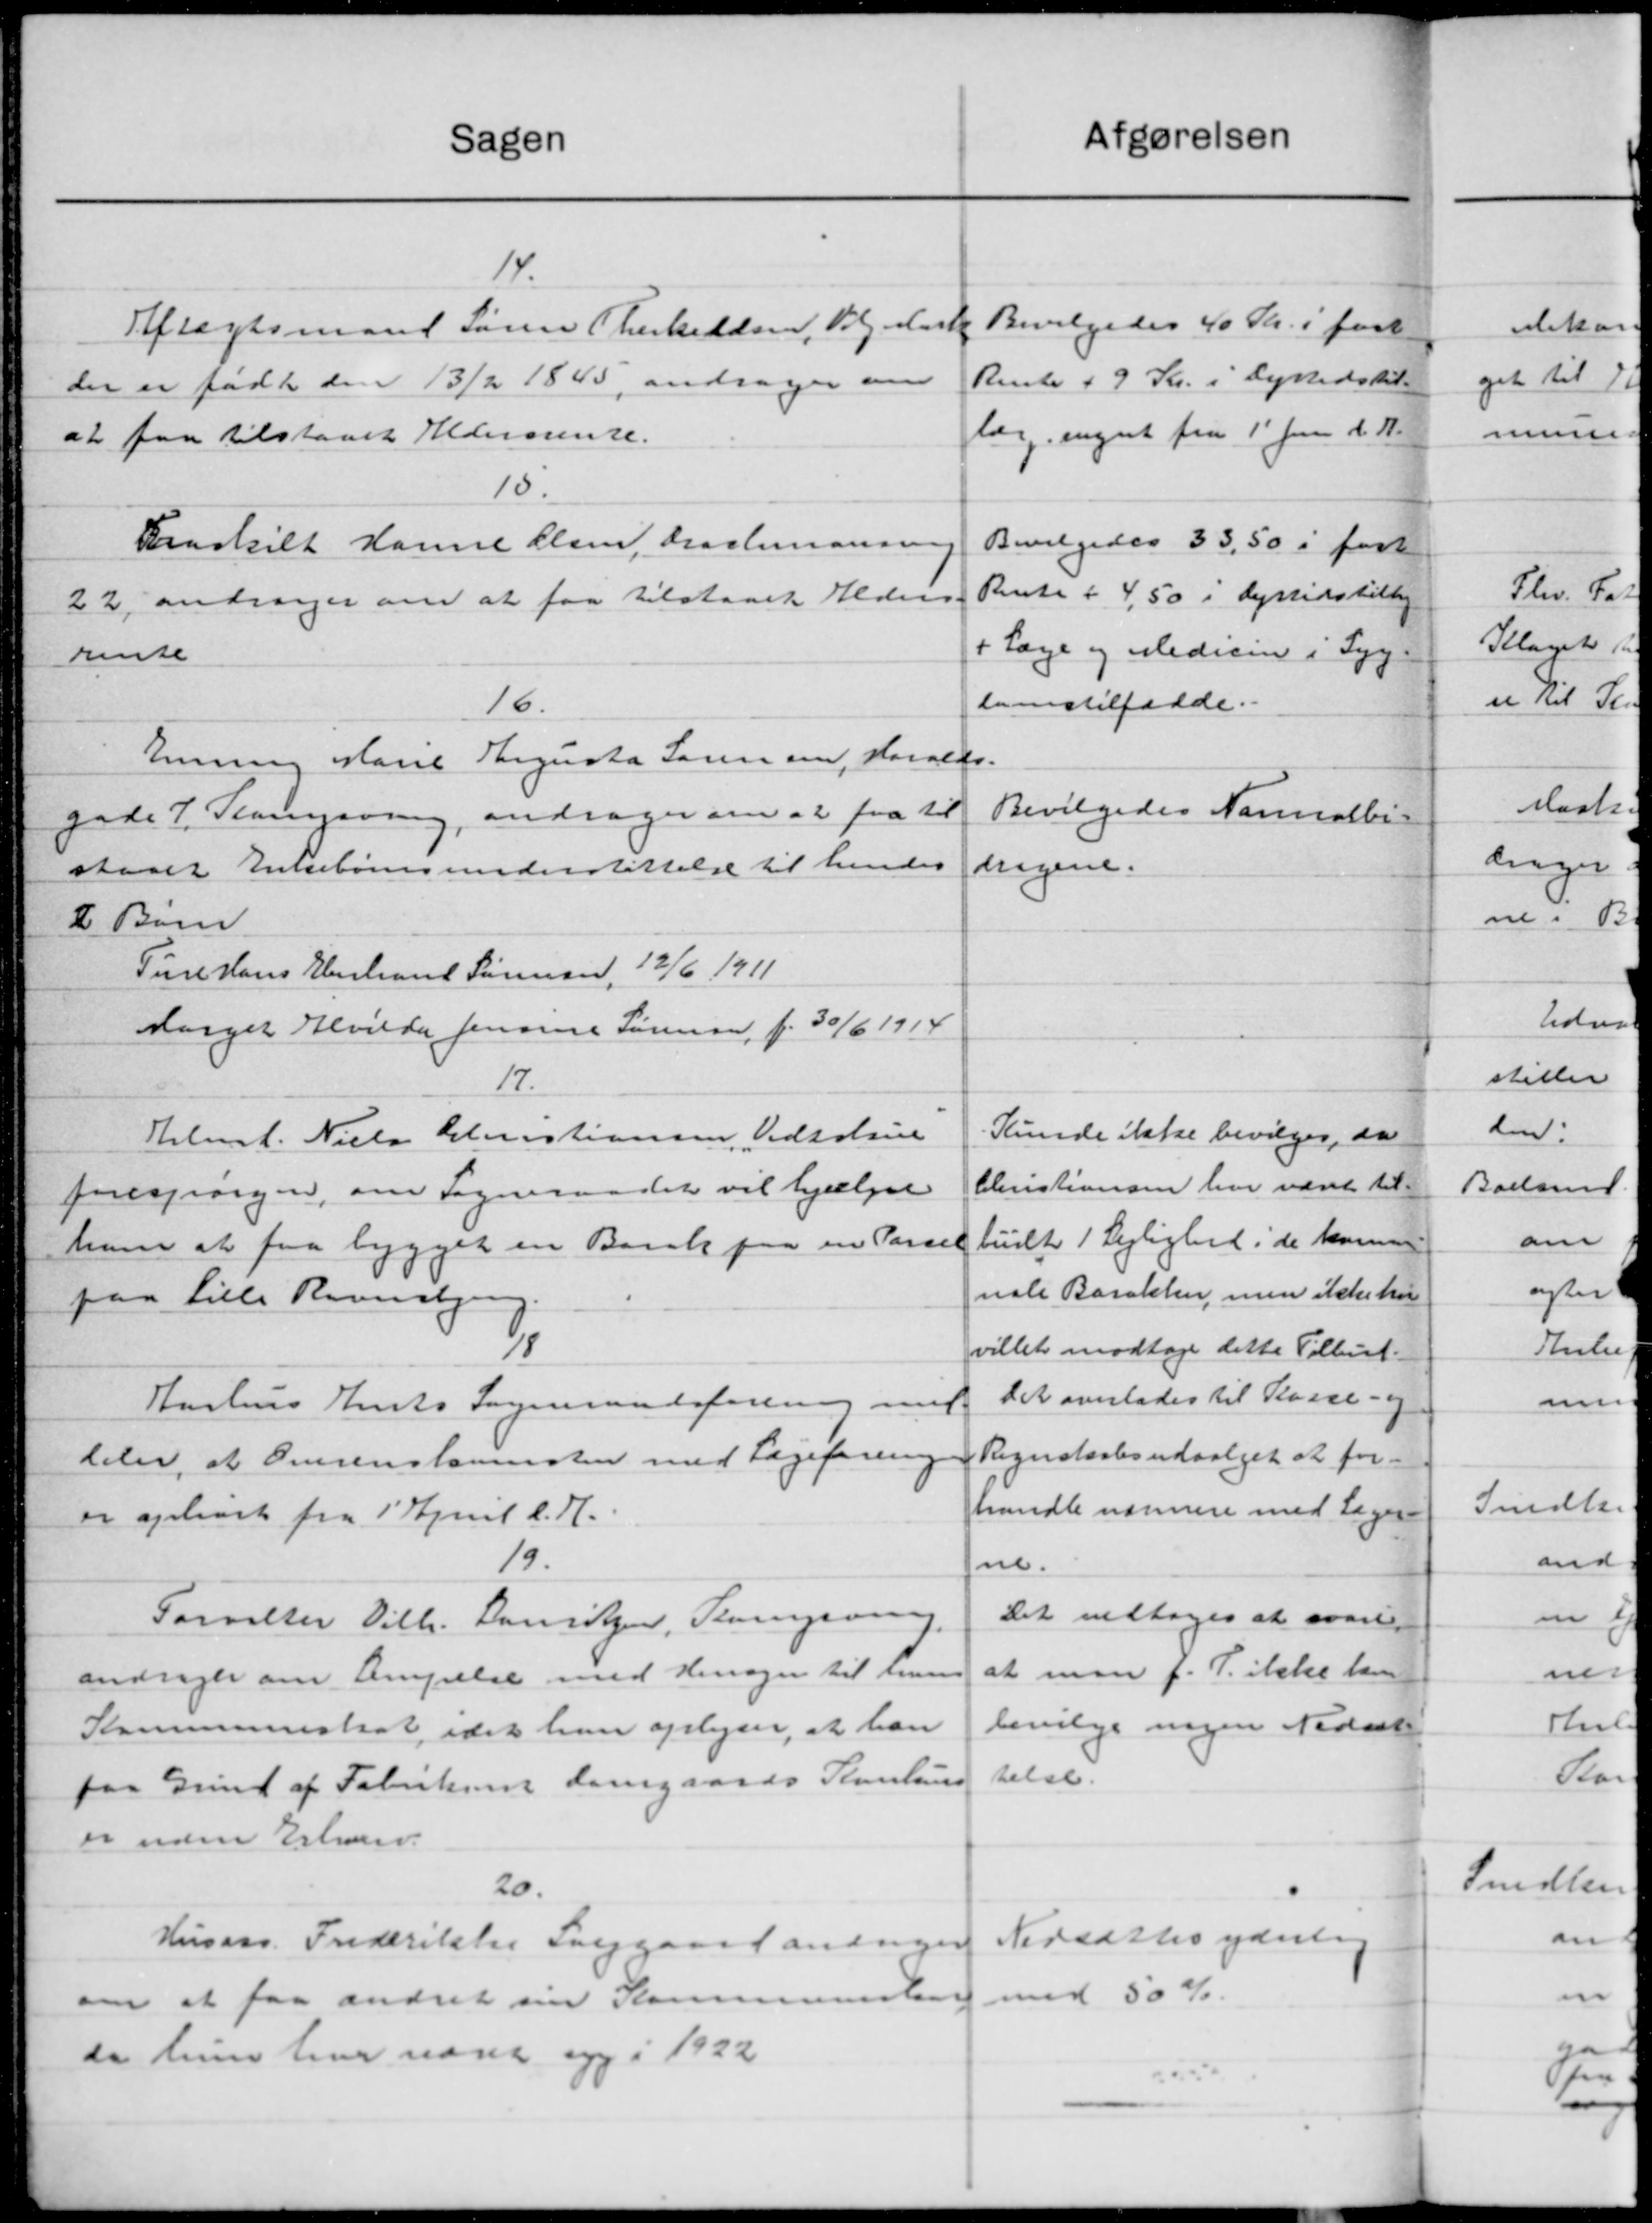
Transskription:
afgørelsen
Sagen
14.
Bevilgedes 40 Kr. i fast
Aftægtsmand Søren Cherkildsen, Valg Mart
Rente + 9 Kr. i Dyrtidstil-
der er født den 13/2 1843 andrager om
læg. engent fra 1' Juni d. A.
at faa tilstaaet Aldersrente.
10.
Bevilgedes 33,50 i fast
Fraskilt Hanne Olsen, Draslemannen
Rente i 4,50 i Dyrtidstillig
22, andrager om at faa tilstaaet Alders
+ Læge og Medicin i Syg
rente
lomstilfælde.
16.
Enning Marie Augusta Søren om, Hovalds-
Bevilgedes Normalbi-
gade 7. Slangsving, andrager om at faa til
iegene.
staaet Enkebørnsunderstøttelse til hendes
I Børn
Ture Hans Henland Sørensen, 19/6 1911
sarget Hvilda Jensine Sørensen, f. 30/6 1914
17.
Kunde ikke bevilges, da
Helmst. Niels Christiansen, Vedroline
Christiansen har været til-
forespørgen, om Sogneraadet vil hjælpe
tuelt 1 Lejlighed i de komme
ham at faa bygget en Bank paa en Parsel
nale Barakken, men ikke har
paa Lille Ravnsbjer
21
villet modtage dette Tilbud.
Det overlades til Kasse- og
Aarhus Amts Sogneraadsforening med
Regnskabsudvalget at for-
deler, at Overenstamesten med Lægeforening
handle nærmere med Læger-
er opløst fra 1' April d. A.
19.
ne.
Det vedtoges at svare
Forvalter Vilh. Lauritzen, Slangsving
at man f. T. ikke ham
andrager om lempelse med Hensyn til Lun
bevilge nogen Nedsætte
Kommuneskat idet han oplyser, at han
velse
paa Grund af Fabrikant Lomgaards Kontins
er uden Erhverv.
20.
Nedsattes yderlig
Husass. Frederikke Langgaard andrager
om at faa andret med Kommuneling med 50 %.
de kunstiver næret og i 1922